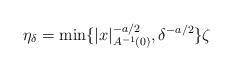
\begin{align*}\eta_{\delta} = \min \{|x|_{A^{-1}(0)}^{-a/2}, \delta^{-a/2}\}\zeta\end{align*}